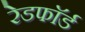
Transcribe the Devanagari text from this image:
रेडफाॅर्ड